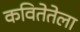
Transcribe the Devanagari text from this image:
कवितेतेला